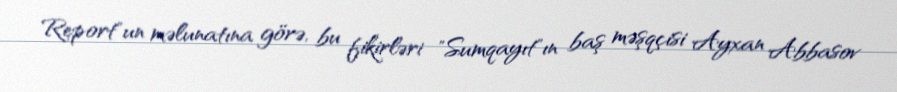
Report"un məlunatına görə, bu fikirləri "Sumqayıt"ın baş məşqçisi Ayxan Abbasov